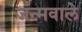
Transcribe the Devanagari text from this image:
जन्मवाले